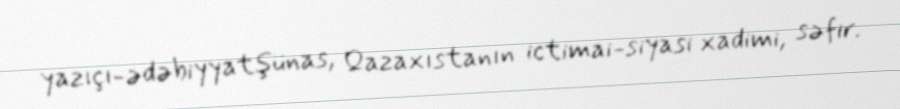
yazıçı-ədəbiyyatşünas, Qazaxıstanın ictimai-siyasi xadimi, səfir.